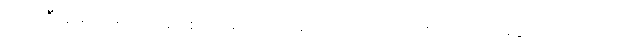
ပထမဦးဆုံး ဆုဖလား အဖြစ် ကာရာဘောင်းဖလားကိုလည်း သိမ်းပိုက်ထားနိုင်ပါသေးတယ်။